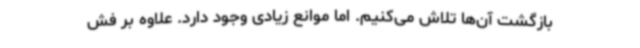
بازگشت آن‌ها تلاش می‌کنیم. اما موانع زیادی وجود دارد. علاوه بر فش